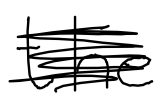
Text: the
Cross-out: scratch
Writing tool: digital_black